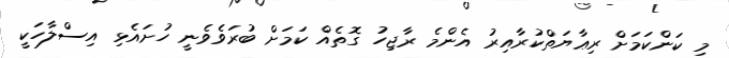
މި ކަންކަމަށް ރިޢާޔަތްކުރާއިރު އެންމެ ރާޖިހު ގޮތެއް ކަމަށް ބުރަވެވެނީ ހުށައެޅި އިސްލާހަކީ